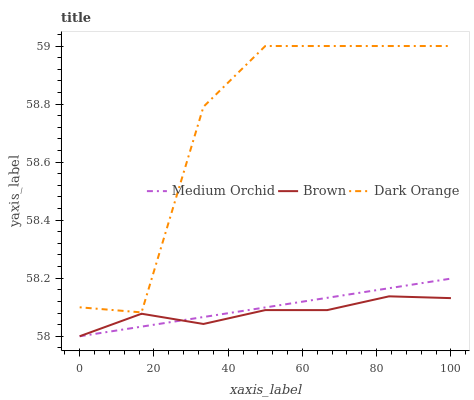
| xaxis_label | Medium Orchid | Brown | Dark Orange |
 | --- | --- | --- | --- |
 | 0 | 58 | 58 | 58.1 |
 | 16.7 | 58 | 58.1 | 58.1 |
 | 33.3 | 58.1 | 58 | 58.8 |
 | 50 | 58.1 | 58.1 | 59 |
 | 66.7 | 58.1 | 58.1 | 59 |
 | 83.3 | 58.2 | 58.1 | 59 |
 | 100 | 58.2 | 58.1 | 59 |